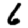
Digit: 6